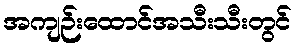
အကျဉ်းထောင်အသီးသီးတွင်